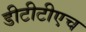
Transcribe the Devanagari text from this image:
डीटीटीएच